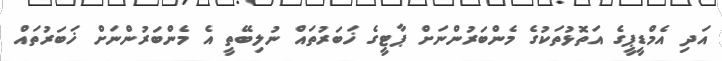
އަދި އެމްޑީޕީގެ އަތޮޅުތަކުގެ މެންބަރުންނަށް ޕާޓީގެ ޚަބަރުތައް ނުލިބޭތީ އެ މެންބަރުންނަށް ޚަބަރުތައް